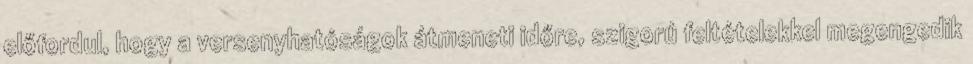
előfordul, hogy a versenyhatóságok átmeneti időre, szigorú feltételekkel megengedik